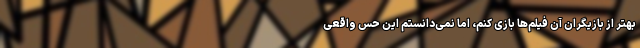
بهتر از بازیگران آن فیلم‌ها بازی کنم، اما نمی‌دانستم این حس واقعی